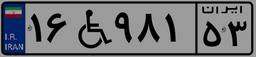
۱۶W۹۸۱۵۳